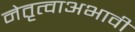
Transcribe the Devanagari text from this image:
नेतृत्वाअभावी